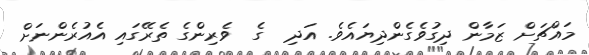
މައްޗަށް ޒަމާން ދިގުވެގެންދިޔައެވެ. އަދި  ގެ  ވެރިންގެ ތެރޭގައި އެއުރެންނަށް